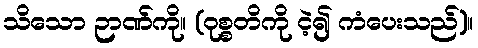
သိသော ဉာဏ်ကို။ (ဝုစ္စတိကို ငဲ့၍ ကံပေးသည်)။